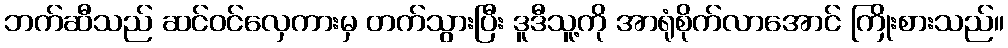
ဘက်ဆီသည် ဆင်ဝင်လှေကားမှ တက်သွားပြီး ဒူဒီသူ့ကို အာရုံစိုက်လာအောင် ကြိုးစားသည်။